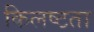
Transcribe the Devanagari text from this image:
किलष्टता